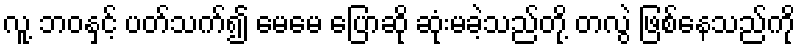
လူ့ ဘဝနှင့် ပတ်သက်၍ မေမေ ပြောဆို ဆုံးမခဲ့သည်တို့ တလွဲ ဖြစ်နေသည်ကို